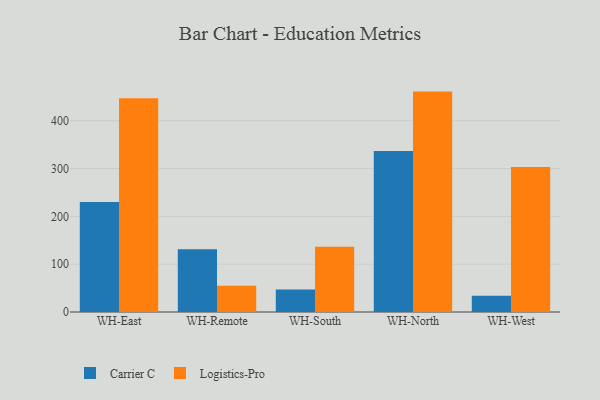
{"axis": {"x": "Warehouse", "y": "Latency (ms)"}, "legend": ["Carrier C", "Logistics-Pro"], "data": [{"x": "WH-East", "y": 229.9, "type": "Carrier C"}, {"x": "WH-East", "y": 447.3, "type": "Logistics-Pro"}, {"x": "WH-Remote", "y": 131.4, "type": "Carrier C"}, {"x": "WH-Remote", "y": 54.8, "type": "Logistics-Pro"}, {"x": "WH-South", "y": 46.9, "type": "Carrier C"}, {"x": "WH-South", "y": 136.6, "type": "Logistics-Pro"}, {"x": "WH-North", "y": 337.0, "type": "Carrier C"}, {"x": "WH-North", "y": 461.0, "type": "Logistics-Pro"}, {"x": "WH-West", "y": 34.1, "type": "Carrier C"}, {"x": "WH-West", "y": 303.2, "type": "Logistics-Pro"}]}